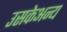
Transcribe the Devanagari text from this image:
उसकेअन्य